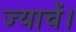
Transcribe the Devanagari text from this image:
ज्याचें।